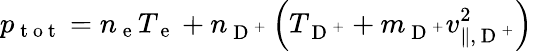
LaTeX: p_{\mathrm{~t~o~t~}}=n_{\mathrm{~e~}}T_{\mathrm{~e~}}+n_{\mathrm{~D~}^{+}}\left(T_{\mathrm{~D~}^{+}}+m_{\mathrm{~D~}^{+}}v_{\| ,\mathrm{~D~}^{+}}^{2}\right)